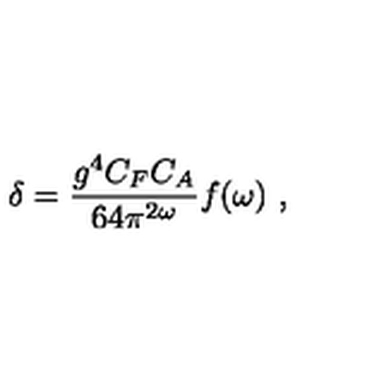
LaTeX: \delta = { \frac { g ^ { 4 } C _ { F } C _ { A } } { 6 4 \pi ^ { 2 \omega } } } f ( \omega ) \ ,